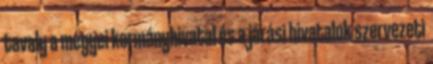
tavaly a megyei kormányhivatal és a járási hivatalok szervezeti